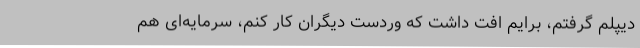
دیپلم گرفتم، برایم افت داشت که وردست دیگران کار کنم، سرمایه‌ای هم